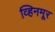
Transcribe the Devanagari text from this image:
व्हिनमूर